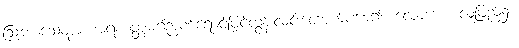
ဩဘာသေတွာ၊ အရဟတ္တမဂ်ဉာဏ်ရောင်ဖြင့်ထွန်းလင်းတောက်ပစေ၍။ လောကေ၊ လူ့ပြည်၌။